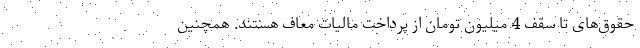
حقوق‌های تا سقف 4 میلیون تومان از پرداخت مالیات معاف هستند. همچنین